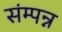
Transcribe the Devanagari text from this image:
संम्पन्न